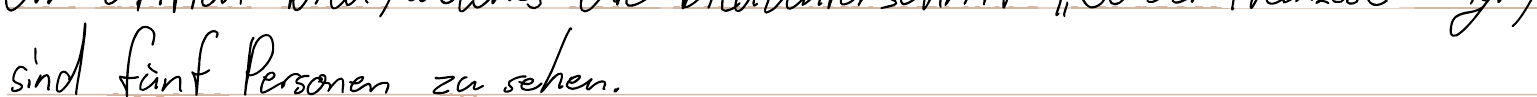
sind fünf Personen zu sehen.